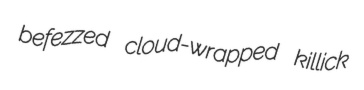
befezzed cloud-wrapped killick